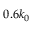
0 . 6 k _ { 0 }